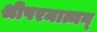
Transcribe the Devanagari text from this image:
श्रीपरमात्मन्